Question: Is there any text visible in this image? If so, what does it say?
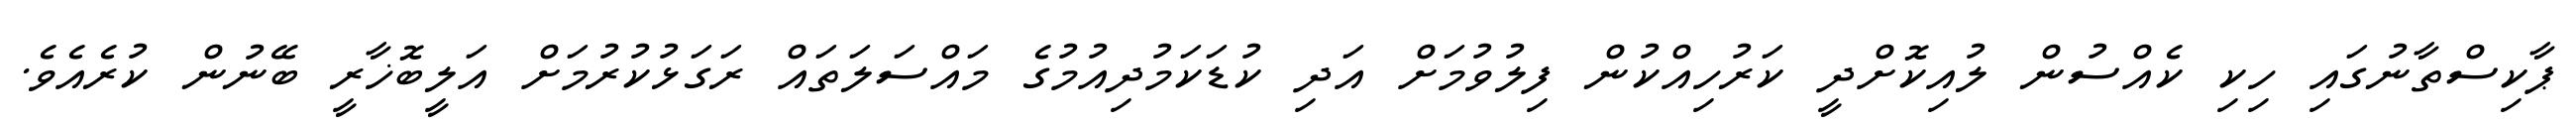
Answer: ޕާކިސްތާނުގައި ހިކި ކެއްސުން ލުއިކޮށްދީ ކަރުހިއްކުން ފިލުވުމަށް އަދި ކުޑަކަމުދިއުމުގެ މައްސަލަތައް ރަގަޅުކުރުމަށް އަލީބޮޚާރީ ބޭނުން ކުރެއެވެ.